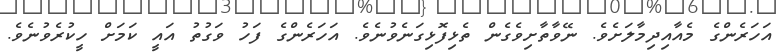
އަހަރެންގެ މެއާއިދިމާލަށެވެ. ނޭވާތާށިވެގެން ތެޅިފޮޅިގަނެވުނެވެ. އަހަރެންގެ ފަހު ވަގުތު އައީ ކަމަށް ހީކުރެވުނެވެ.